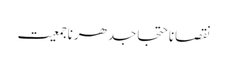
نقصاناحتجاجدھرناجمعیت